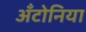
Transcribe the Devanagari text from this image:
अँटोनिया